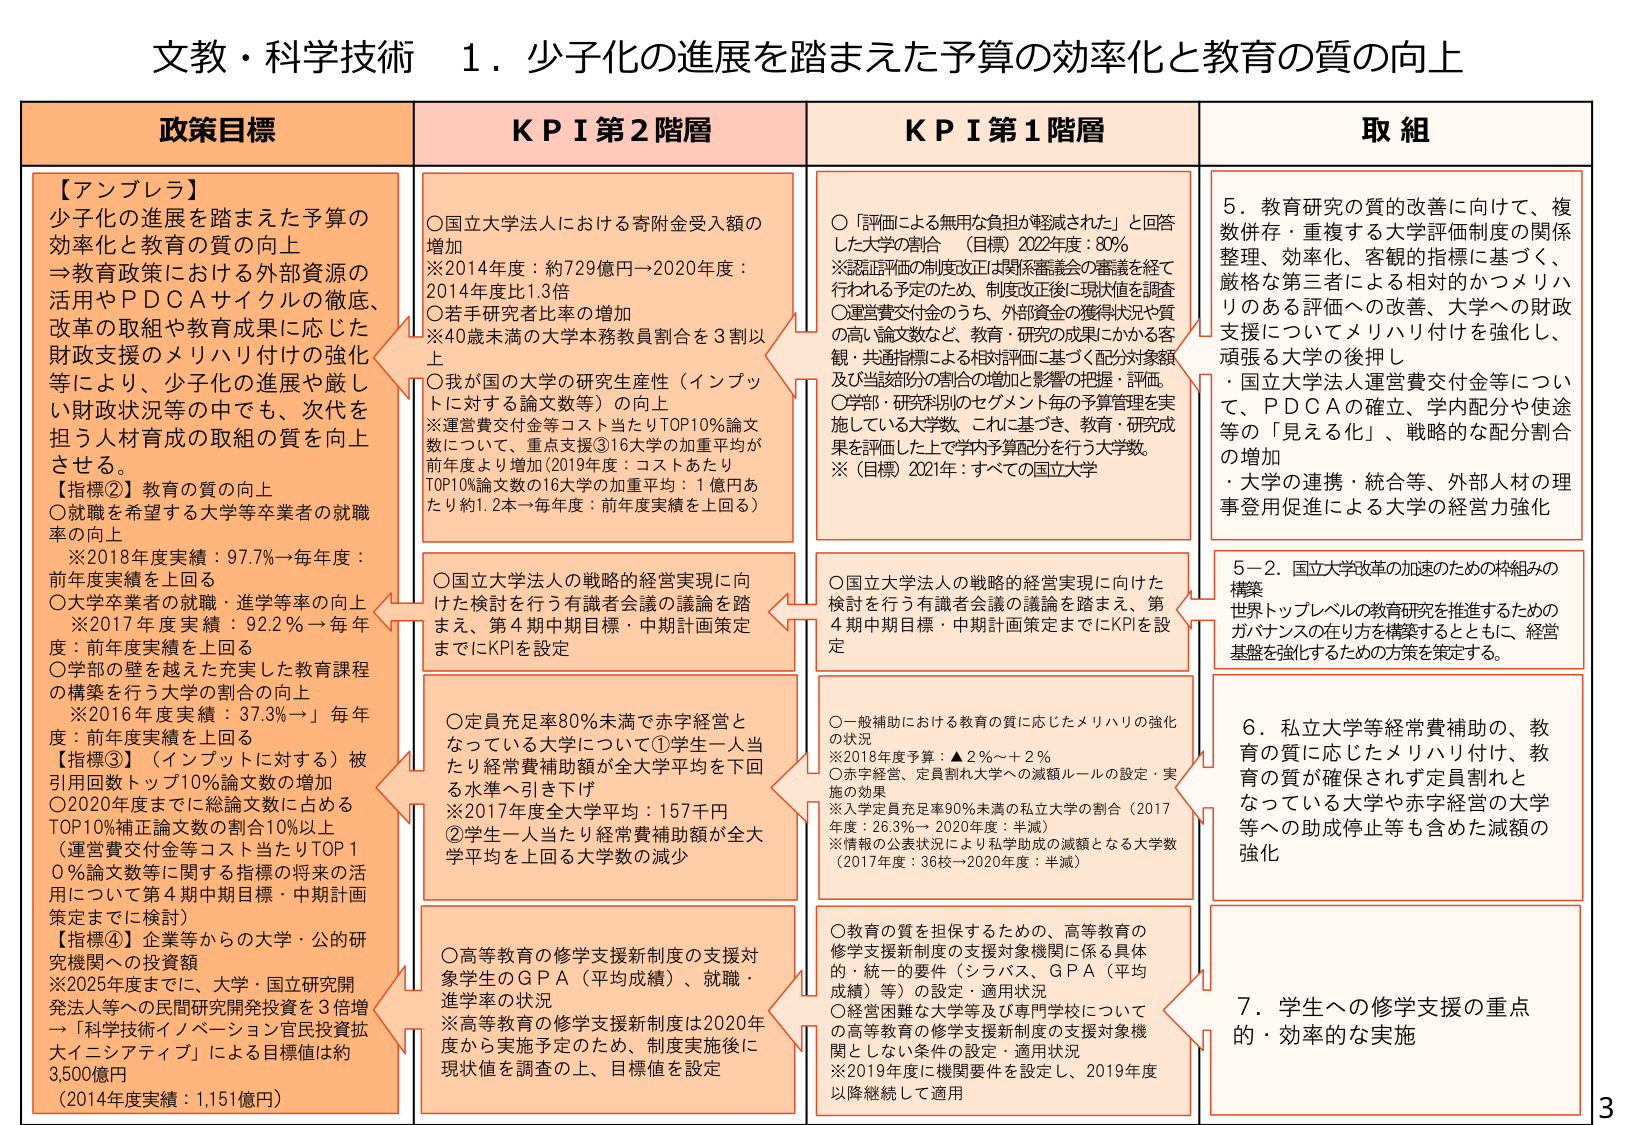
文教・科学技術　１．少子化の進展を踏まえた予算の効率化と教育の質の向上

政策目標
【アンブレラ】
少子化の進展を踏まえた予算の
効率化と教育の質の向上
→教育政策における外部資源の
活用やＰＤＣＡサイクルの徹底、
改革の取組や教育成果に応じた
財政支援のメリハリ付けの強化
等により、少子化の進展や厳し
い財政状況等の中でも、次を
担う人材育成の取組の質を向上
させる。
【指標②】教育の質の向上
○就職を希望する大学等卒業者の就職
率の向上
※2018年度実績：97.7％→毎年度：
前年度実績を上回る
○大学卒業者の就職・進学等率の向上
※2017年度実績：92.2％→毎年度：
前年度実績を上回る
○学部の壁を越えた充実した教育課程
の構築を行う大学の割合の向上
※2016年度実績：37.3％→」毎年度：前年度実績を上回る
【指標③】（インプットに対する）被
引用回数トップ10％論文数の増加
○2020年度までに総論文数に占める
TOP10％補正論文数の割合10％以上
（運営費交付金等コスト当たりTOP１
０％論文数等に関する指標の将来の活
用について第４期中期目標・中期計画
策定までに検討）
【指標④】企業等からの大学・公的研
究機関への投資額
※2025年度までに、大学・国立研究開
発法人等への民間研究開発投資を３倍増
→「科学技術イノベーション官民投資拡
大イニシアティブ」による目標値は約
3,500億円
（2014年度実績：1,151億円）

KPI 第２階層
○国立大学法人における寄附金受入額の
増加
※2014年度：約729億円→2020年度：
2014年度比1.3倍
○若手研究者比率の増加
※40歳未満の大学本務教員割合を３割以
上
○我が国の大学の研究生産性（インプッ
トに対する論文数等）の向上
※運営費交付金等コスト当たりTOP10％論文
数について、重点支援③16大学の加重平均が
前年度より増加（2019年度：コストあたり
TOP10％論文数の16大学の加重平均：１億円あ
たり約1.2本→毎年度：前年度実績を上回る）
○国立大学法人の戦略的経営実現に向
けた検討を行う有識者会議の議論を踏
まえ、第４期中期目標・中期計画策定
までにKPIを設定
○定員充足率80％未満で赤字経営と
なっている大学について①学生一人当
たり経常費補助額が全大学平均を下回
る水準へ引き下げ
※2017年度全大学平均：157千円
②学生一人当たり経常費補助額が全大
学平均を上回る大学数の減少
○高等教育の修学支援新制度の支援対
象学生のGPA（平均成績）、就職・
進学率の状況
※高等教育の修学支援新制度は2020年
度から実施予定のため、制度実施後に
現状値を調査の上、目標値を設定

KPI 第１階層
○「評価による無用な負担が軽減された」と回答
した大学の割合　（目標）2022年度：80％
※認証評価の制度改正は関係審議会の審議を経て
行われる予定のため、制度改正後に現状値を調査
○運営費交付金のうち、外部資金の獲得状況や質
の高い論文数など、教育・研究の成果にかかる客
観・共通指標による相対評価に基づく配分対象額
及び当該部分の割合の増加と影響の把握・評価
○学部・研究科別のセグメント毎の予算管理を実
施している大学数、これに基づき、教育・研究成
果を評価した上で学内予算配分を行う大学数。
※（目標）2021年：すべての国立大学
○国立大学法人の戦略的経営実現に向けた
検討を行う有識者会議の議論を踏まえ、第
４期中期目標・中期計画策定までにKPIを設
定
○一般補助における教育の質に応じたメリハリの強化
の状況
※2018年度予算：▲２％～＋２％
○赤字経営、定員割れ大学への減額ルールの設定・実
施の効果
※入学定員充足率90％未満の私立大学の割合（2017
年度：26.3％→2020年度：半減）
※情報の公表状況により私学助成の減額となる大学数
（2017年度：36校→2020年度：半減）
○教育の質を担保するための、高等教育の
修学支援新制度の支援対象機関に係る具体
的・統一の要件（シラバス、GPA（平均
成績）等）の設定・適用状況
○経営困難な大学等及び専門学校について
の高等教育の修学支援制度の支援対象機
関としない条件の設定・適用状況
※2019年度に機関要件を設定し、2019年度
以降継続して適用

取組
５．教育研究の質の改善に向けて、複
数併存・重複する大学評価制度の関係
整理、効率化、客観的指標に基づく、
厳格な第三者による相対的かつメリハ
リのある評価への改善、大学への財政
支援についてメリハリ付けを強化し、
頑張る大学の後押し
・国立大学法人運営費交付金等につい
て、ＰＤＣＡの確立、学内配分や使途
等の「見える化」、戦略的な配分割合
の増加
・大学の連携・統合等、外部人材の理
事登用促進による大学の経営力強化
５－２．国立大学改革の加速のための枠組みの
構築
世界トップレベルの教育研究を推進するための
ガバナンスの在り方を構築するとともに、経営
基盤を強化するための方策を策定する。
６．私立大学等経常費補助の、教
育の質に応じたメリハリ付け、教
育の質が確保されず定員割れと
なっている大学や赤字経営の大学
等への助成停止等も含めた減額の
強化
７．学生への修学支援の重点
的・効率的な実施

3